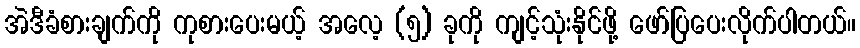
အဲဒီခံစားချက်ကို ကုစားပေးမယ့် အလေ့ (၅) ခုကို ကျင့်သုံးနိုင်ဖို့ ဖော်ပြပေးလိုက်ပါတယ်။